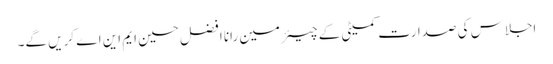
اجلاس کی صدارت کمیٹی کے چیئرمین رانا افضل حسین ایم این اے کریں گے۔